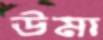
ঊমা